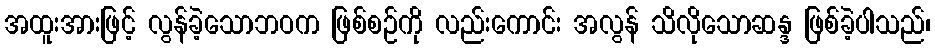
အထူးအားဖြင့် လွန်ခဲ့သောဘဝက ဖြစ်စဉ်ကို လည်းကောင်း အလွန် သိလိုသောဆန္ဒ ဖြစ်ခဲ့ပါသည်၊